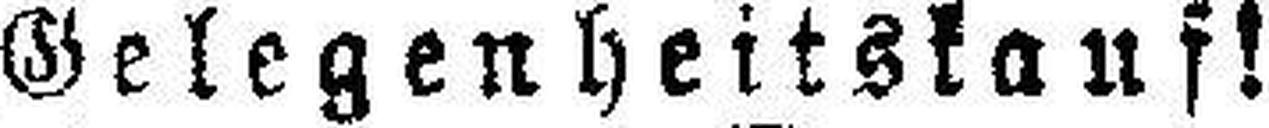
Gelegenheitskauf!